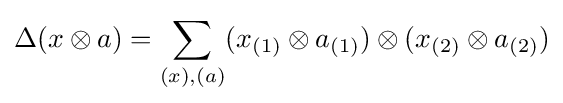
\Delta (x\otimes a)=\sum _{(x),(a)}(x_{(1)}\otimes a_{(1)})\otimes (x_{(2)}\otimes a_{(2)})